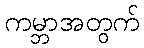
ကမ္ဘာအတွက်